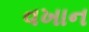
વખાન